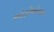
ઓફીશીયલ